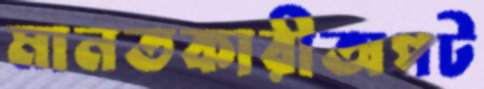
মানতকারীঅপট